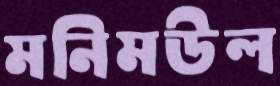
মনিমউল